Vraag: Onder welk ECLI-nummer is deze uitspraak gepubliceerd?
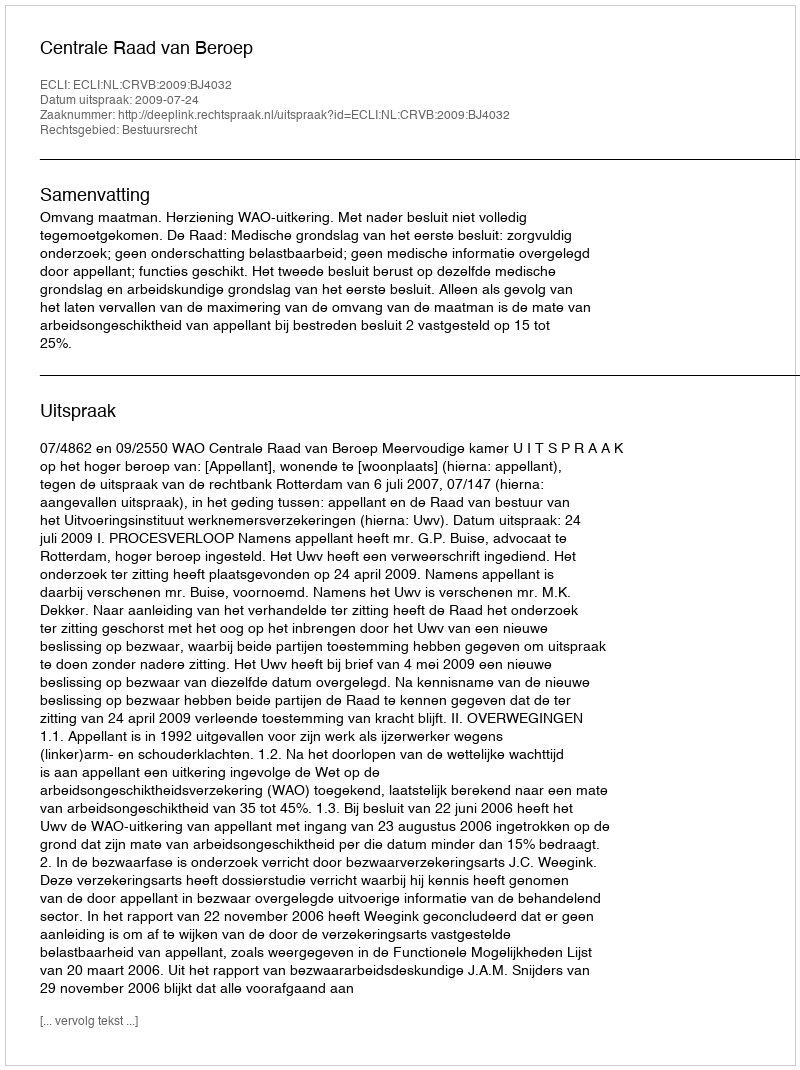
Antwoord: ECLI:NL:CRVB:2009:BJ4032